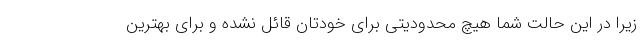
زیرا در این حالت شما هیچ محدودیتی برای خودتان قائل نشده و برای بهترین